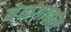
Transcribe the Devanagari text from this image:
बेळगावांस